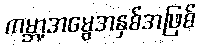
ကမ္ဘာ့အမွေအနှစ်အဖြစ်